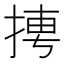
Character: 𭡌